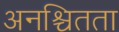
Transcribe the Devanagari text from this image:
अनश्चितता